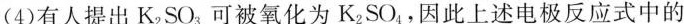
(4)有人提出K_{2}SO_{3}可被氧化为K_{2}SO_{4}，因此上述电极反应式中的